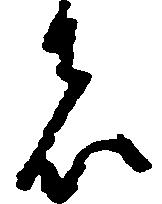
者